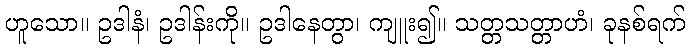
ဟူသော။ ဥဒါနံ၊ ဥဒါန်းကို။ ဥဒါနေတွာ၊ ကျူး၍။ သတ္တသတ္တာဟံ၊ ခုနစ်ရက်